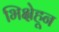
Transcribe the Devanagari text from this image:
भिक्षेहून